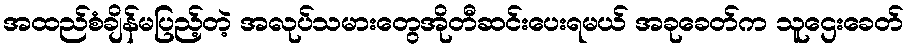
အထည်စံချိန်မပြည့်တဲ့ အလုပ်သမားတွေအိုတီဆင်းပေးရမယ် အခုခေတ်က သူဌေးခေတ်